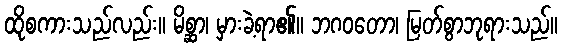
ထိုစကားသည်လည်း။ မိစ္ဆာ၊ မှားခဲ့ရာ၏။ ဘဂဝတော၊ မြတ်စွာဘုရားသည်။